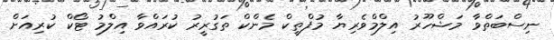
ނިސްބަތްވާ މަޝްހޫރު އިލްމްވެރިޔާ މުފްތީކް މެންކް ތަގުރީރު ކުރައްވާ އިލްމު ޓޯކް ކުރިއަށް